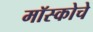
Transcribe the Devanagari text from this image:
मॉस्कोचे